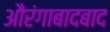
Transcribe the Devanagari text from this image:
औरंगाबादबाद